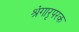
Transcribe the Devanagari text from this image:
श्रृंगारपरक